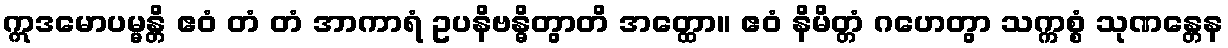
ဣဒမောပမ္မန္တိ ဧဝံ တံ တံ အာကာရံ ဥပနိဗန္ဓိတွာတိ အတ္ထော။ ဧဝံ နိမိတ္တံ ဂဟေတွာ သက္ကစ္စံ သုဏန္တေန